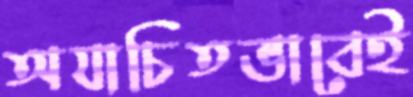
অযাচিতভাবেই